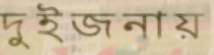
দুইজনায়